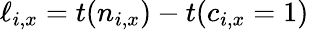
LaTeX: \ell_{i,x}=t(n_{i,x})-t(c_{i,x}=1)